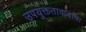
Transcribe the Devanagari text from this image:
उपयुक्ततावादाचा